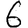
Digit: 6